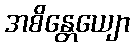
အစိန္တေယျော